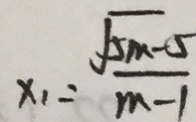
x _ { 1 } = \frac { \sqrt { 5 m - 5 } } { m - 1 }